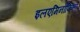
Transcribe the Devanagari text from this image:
इलएमिनोफिनो